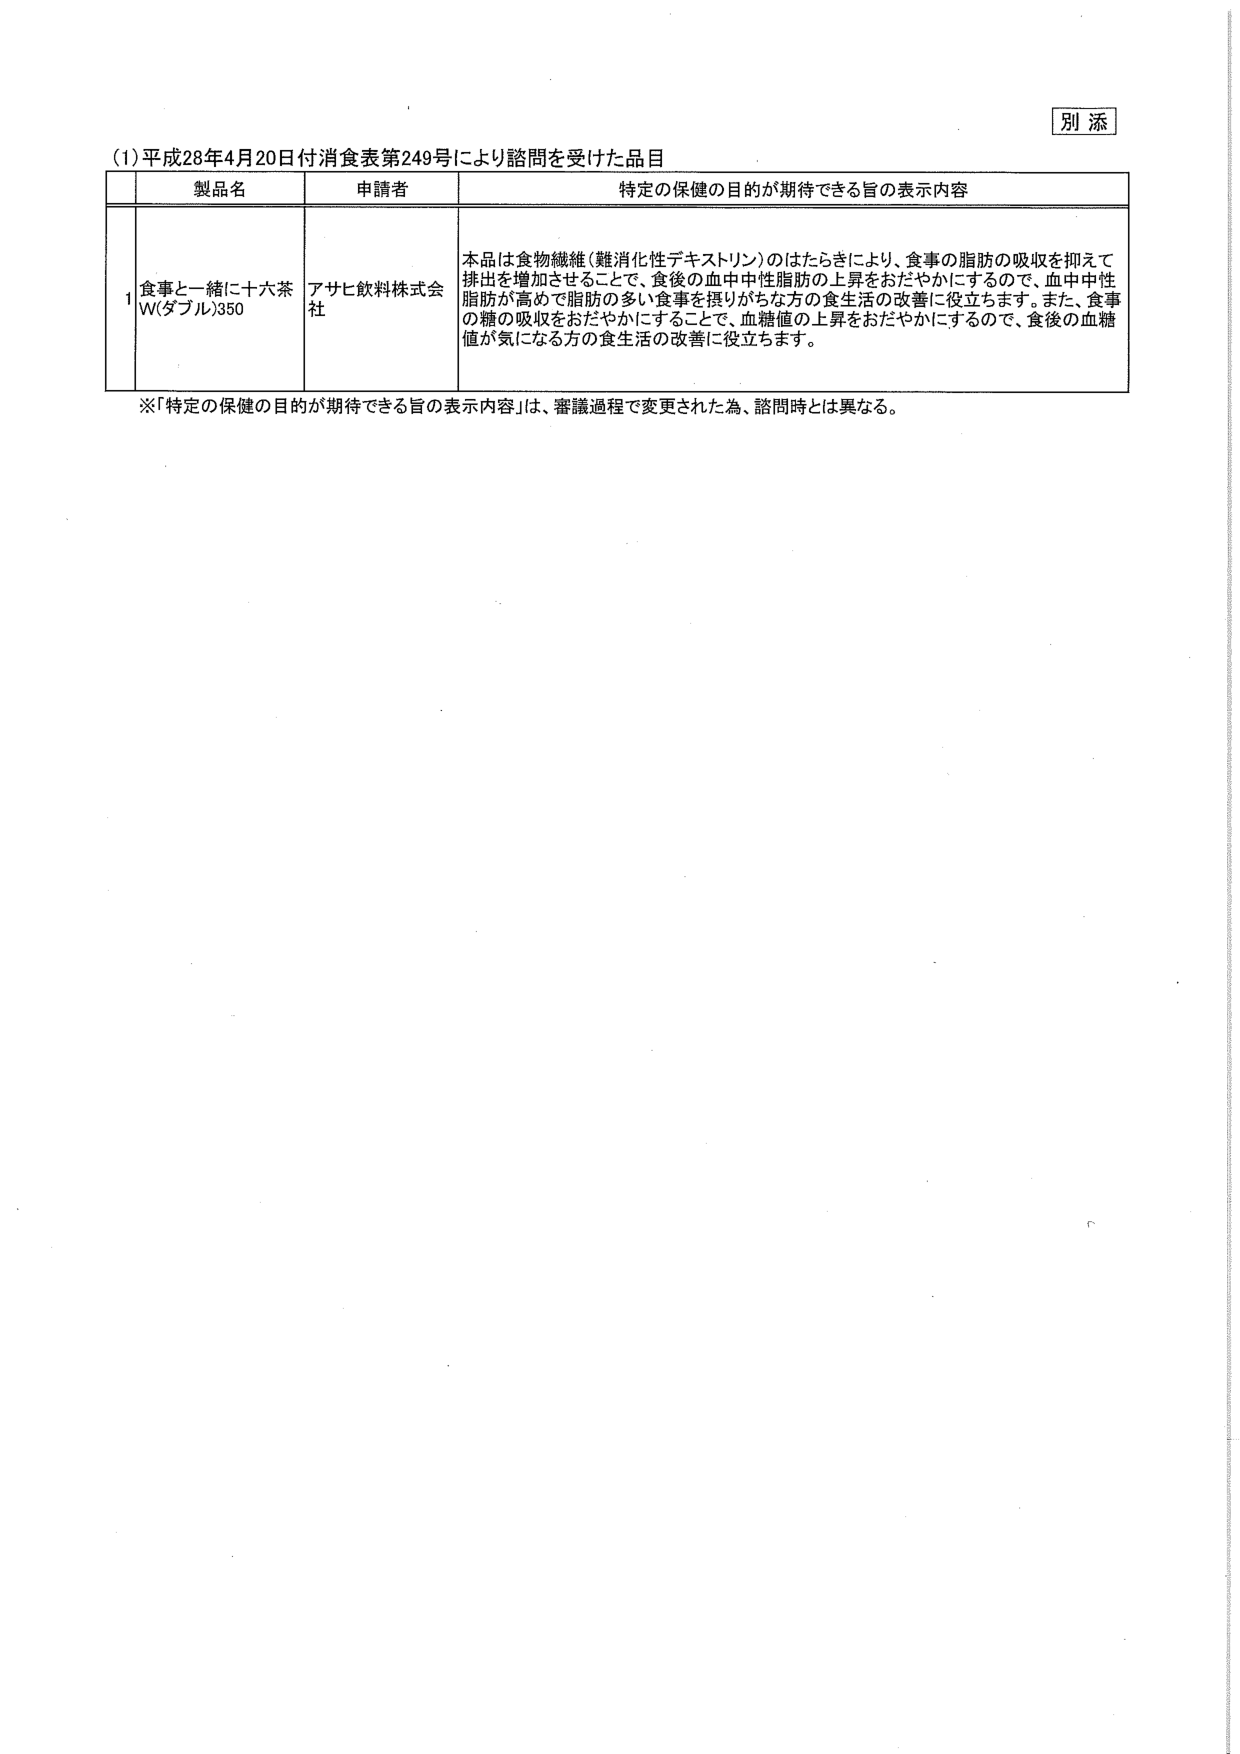
別添

(1) 平成28年4月20日付消費表第249号により諮問を受けた品目

製品名 申請者 特定の保健の目的が期待できる旨の表示内容

1 食事と一緒に十六茶 W(ダブル)350 アサヒ飲料株式会社 本品は食物繊維（難消化性デキストリン）のはたらきにより、食事の脂肪の吸収を抑えて排出を増加させることで、食後の血中中性脂肪の上昇をおだやかにするので、血中中性脂肪が高めで脂肪の多い食事を摂りがちな方の食生活の改善に役立ちます。また、食事の糖の吸収をおだやかにすることで、血糖値の上昇をおだやかにするので、食後の血糖値が気になる方の食生活の改善に役立ちます。

※「特定の保健の目的が期待できる旨の表示内容」は、審議過程で変更された為、諮問時とは異なる。